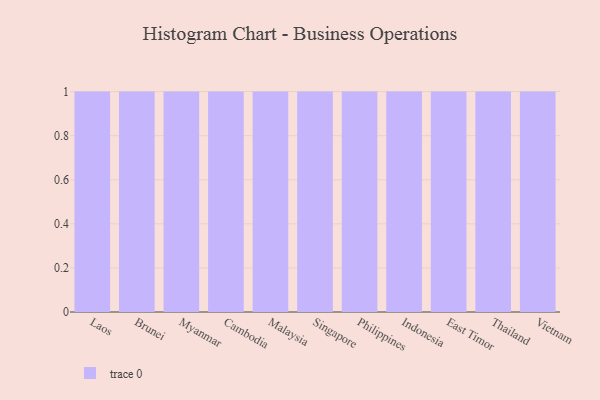
{"axis": {"x": "Country", "y": "LTV (USD)"}, "legend": [""], "data": [{"x": "Laos", "y": 74, "type": ""}, {"x": "Brunei", "y": 37, "type": ""}, {"x": "Myanmar", "y": 39, "type": ""}, {"x": "Cambodia", "y": 24, "type": ""}, {"x": "Malaysia", "y": 89, "type": ""}, {"x": "Singapore", "y": 96, "type": ""}, {"x": "Philippines", "y": 64, "type": ""}, {"x": "Indonesia", "y": 31, "type": ""}, {"x": "East Timor", "y": 23, "type": ""}, {"x": "Thailand", "y": 22, "type": ""}, {"x": "Vietnam", "y": 77, "type": ""}]}